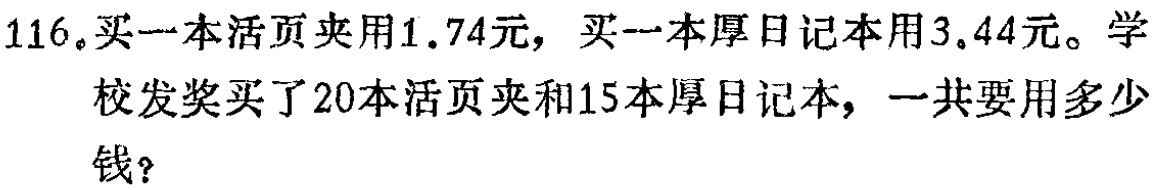
116.买一本活页夹用$1.74$元，买一本厚日记本用$3.44$元。学校发奖买了20本活页夹和15本厚日记本，一共要用多少钱？